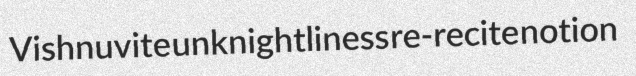
Vishnuvite unknightliness re-recite notion